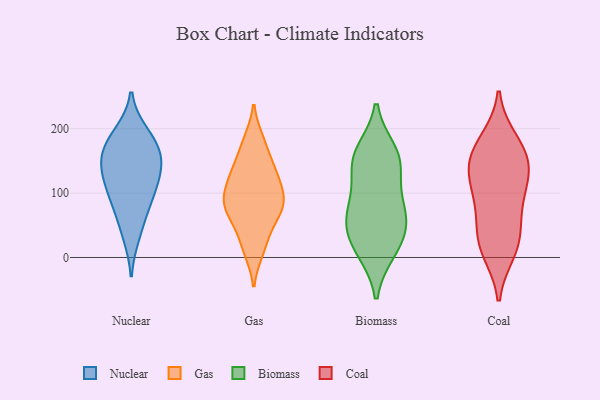
{"axis": {"x": "Conversion Rate (%)", "y": "Value"}, "legend": ["Biomass", "Coal", "Gas", "Nuclear"], "data": [{"x": "", "y": 192, "type": "Nuclear"}, {"x": "", "y": 35, "type": "Nuclear"}, {"x": "", "y": 171, "type": "Nuclear"}, {"x": "", "y": 182, "type": "Nuclear"}, {"x": "", "y": 97, "type": "Nuclear"}, {"x": "", "y": 135, "type": "Nuclear"}, {"x": "", "y": 151, "type": "Nuclear"}, {"x": "", "y": 124, "type": "Nuclear"}, {"x": "", "y": 69, "type": "Nuclear"}, {"x": "", "y": 100, "type": "Nuclear"}, {"x": "", "y": 152, "type": "Nuclear"}, {"x": "", "y": 131, "type": "Gas"}, {"x": "", "y": 89, "type": "Gas"}, {"x": "", "y": 133, "type": "Gas"}, {"x": "", "y": 15, "type": "Gas"}, {"x": "", "y": 42, "type": "Gas"}, {"x": "", "y": 148, "type": "Gas"}, {"x": "", "y": 10, "type": "Gas"}, {"x": "", "y": 74, "type": "Gas"}, {"x": "", "y": 74, "type": "Gas"}, {"x": "", "y": 78, "type": "Gas"}, {"x": "", "y": 108, "type": "Gas"}, {"x": "", "y": 182, "type": "Gas"}, {"x": "", "y": 94, "type": "Gas"}, {"x": "", "y": 127, "type": "Gas"}, {"x": "", "y": 94, "type": "Gas"}, {"x": "", "y": 58, "type": "Gas"}, {"x": "", "y": 178, "type": "Gas"}, {"x": "", "y": 33, "type": "Biomass"}, {"x": "", "y": 57, "type": "Biomass"}, {"x": "", "y": 89, "type": "Biomass"}, {"x": "", "y": 163, "type": "Biomass"}, {"x": "", "y": 74, "type": "Biomass"}, {"x": "", "y": 64, "type": "Biomass"}, {"x": "", "y": 11, "type": "Biomass"}, {"x": "", "y": 142, "type": "Biomass"}, {"x": "", "y": 16, "type": "Biomass"}, {"x": "", "y": 150, "type": "Biomass"}, {"x": "", "y": 154, "type": "Biomass"}, {"x": "", "y": 125, "type": "Coal"}, {"x": "", "y": 167, "type": "Coal"}, {"x": "", "y": 46, "type": "Coal"}, {"x": "", "y": 143, "type": "Coal"}, {"x": "", "y": 166, "type": "Coal"}, {"x": "", "y": 77, "type": "Coal"}, {"x": "", "y": 10, "type": "Coal"}, {"x": "", "y": 91, "type": "Coal"}, {"x": "", "y": 19, "type": "Coal"}, {"x": "", "y": 116, "type": "Coal"}, {"x": "", "y": 181, "type": "Coal"}, {"x": "", "y": 140, "type": "Coal"}, {"x": "", "y": 23, "type": "Coal"}]}